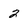
Character: 2